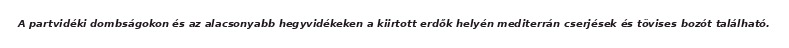
A partvidéki dombságokon és az alacsonyabb hegyvidékeken a kiirtott erdők helyén mediterrán cserjések és tövises bozót található.